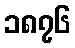
၁၈၇၆